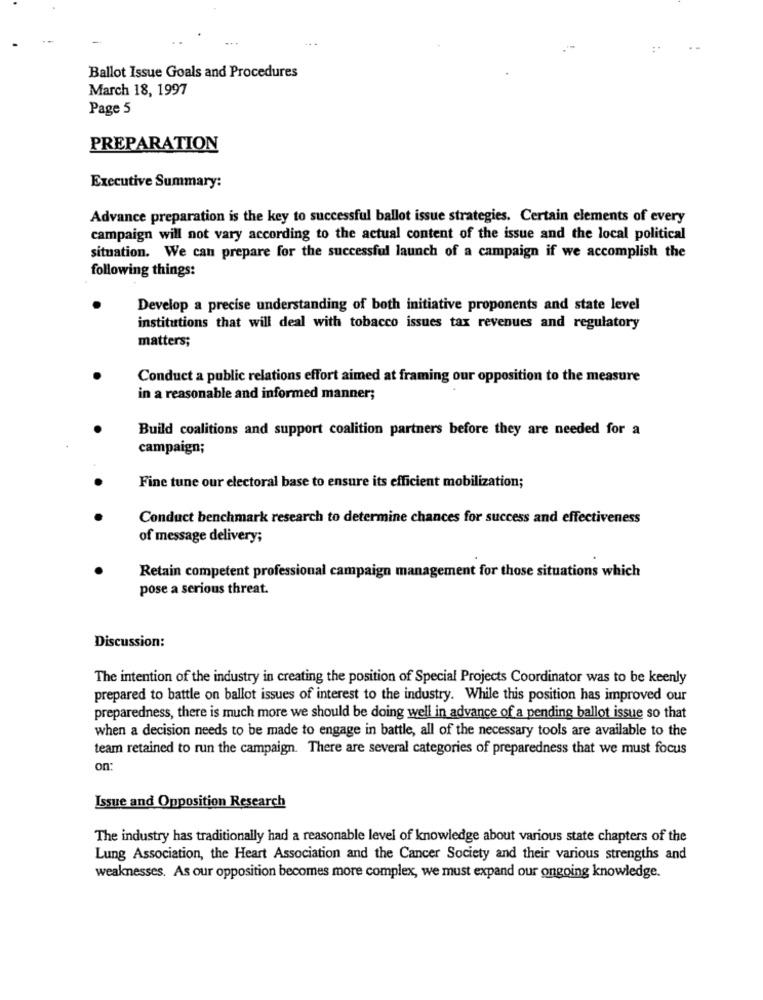
Ballot Issue Goals and Procedures
March 18, 1997
Page 5
PREPARATION
Executive Summary:
Advance preparation is the key to successful ballot issue strategies. Certain elements of every
campaign will not vary according to the actual content of the issue and the local political
situation. We can prepare for the successful launch of a campaign if we accomplish the
following things:
Develop a precise understanding of both initiative proponents and state level
institutions that will deal with tobacco issues tax revenues and regulatory
matters;
Conduct a public relations effort aimed at framing our opposition to the measure
in a reasonable and informed manner;
Build coalitions and support coalition partners before they are needed for a
campaign;
Fine tune our electoral base to ensure its efficient mobilization;
Conduct benchmark research to determine chances for success and effectiveness
of message delivery;
Retain competent professional campaign management for those situations which
pose a serious threat.
Discussion:
The intention of the industry in creating the position of Special Projects Coordinator was to be keenly
prepared to battle on ballot issues of interest to the industry. While this position has improved our
preparedness, there is much more we should be doing well in advance of a pending ballot issue so that
when a decision needs to be made to engage in battle, all of the necessary tools are available to the
team retained to run the campaign. There are several categories of preparedness that we must focus
on:
Issue and Opposition Research
The industry has traditionally had a reasonable level of knowledge about various state chapters of the
Lung Association, the Heart Association and the Cancer Society and their various strengths and
weaknesses. As our opposition becomes more complex, we must expand our ongoing knowledge.